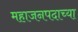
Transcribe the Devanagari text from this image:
महाजनपदाच्या